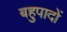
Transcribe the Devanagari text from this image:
बहुपादों